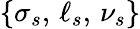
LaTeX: \{ \sigma_{s},\, \ell_{s},\, \nu_{s}\}